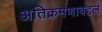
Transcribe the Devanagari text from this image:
अतिक्रमणाबद्दल